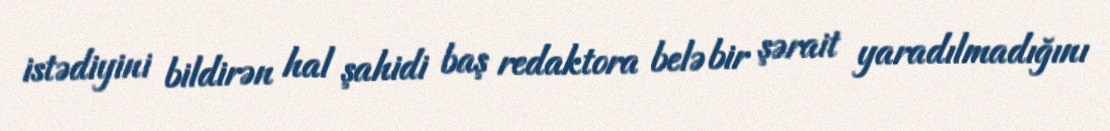
istədiyini bildirən hal şahidi baş redaktora belə bir şərait yaradılmadığını